Report of the Indian Hemp Drugs Commission, 1894-1895 - Volume V
Year: 1894
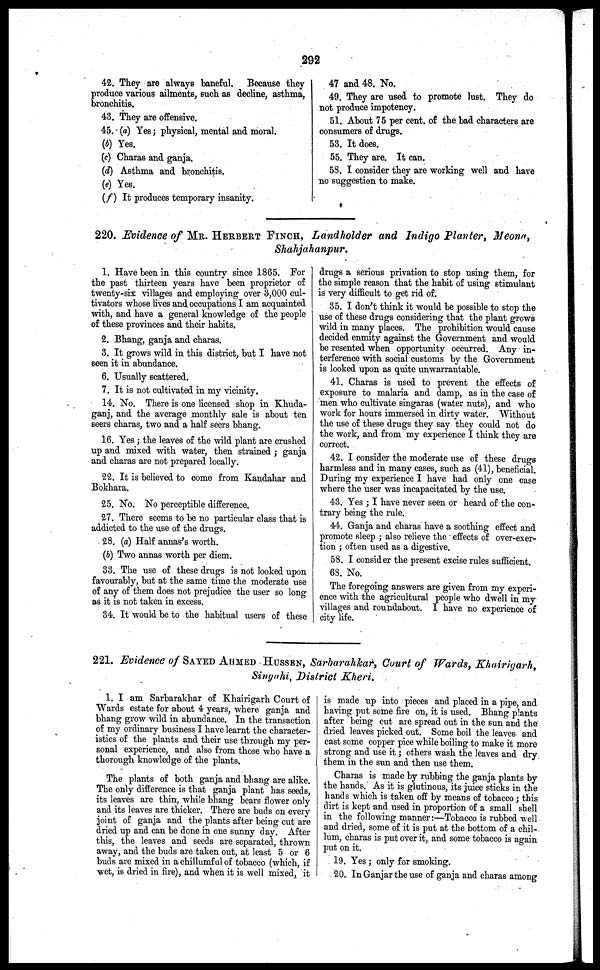
292
42. They are always baneful. Because they
produce various ailments, such as decline, asthma,
bronchitis.
43. They are offensive.
45. (a) Yes; physical, mental and moral.
(b) Yes.
(e) Charas and ganja.
(d) Asthma and bronchitis.
(e) Yes.
(f) It produces temporary insanity.
47 and 48. No.
49. They are used to promote lust. They do
not produce impotency.
51. About 75 per cent. of the bad characters are
consumers of drugs.
53. It does.
55. They are. It can.
58. I consider they are working well and have
no suggestion to make.
220. Evidence of MR. HERBERT FINCH, Landholder and Indigo Planter, Meona,
Shahjahanpur.
1. Have been in this country since 1865. For
the past thirteen years have been proprietor of
twenty-six villages and employing over 3,000 cul-
tivators whose lives and occupations I am acquainted
with, and have a general knowledge of the people
of these provinces and their habits.
2. Bhang, ganja and charas.
3. It grows wild in this district, but I have not
seen it in abundance.
6. Usually scattered.
7. It is not cultivated in my vicinity,
14. No. There is one licensed shop in Khuda-
ganj, and the average monthly sale is about ten
seers charas, two and a half seers bhang.
16. Yes; the leaves of the wild plant are crushed
up and mixed with water, then strained ; ganja
and charas are not prepared locally.
22. It is believed to come from Kandahar and
Bokhara.
25. No. No perceptible difference.
27. There seems to be no particular class that is
addicted to the use of the drugs.
28. (a) Half annas's worth.
(b) Two annas worth per diem.
33. The use of these drugs is not looked upon
favourably, but at the same time the moderate use
of any of them does not prejudice the user so long
as it is not taken in excess.
34. It would be to the habitual users of these
drugs a serious privation to stop using them, for
the simple reason that the habit of using stimulant
is very difficult to get rid of.
35. I don't think it would be possible to stop the
use of these drugs considering that the plant grows
wild in many places. The prohibition would cause
decided enmity against the Government and would
be resented when opportunity occurred. Any in-
terference with social customs by the Government
is looked upon as quite unwarrantable.
41. Charas is used to prevent the effects of
exposure to malaria and damp, as in the case of
men who cultivate singaras (water nuts), and who
work for hours immersed in dirty water. Without
the use of these drugs they say they could not do
the work, and from my experience I think they are
correct.
42. I consider the moderate use of these drugs
harmless and in many cases, such as (41), beneficial.
During my experience I have had only one case
where the user was incapacitated by the use.
43. Yes ; I have never seen or heard of the con-
trary being the rule.
44. Ganja and charas have a soothing effect and
promote sleep ; also relieve the effects of over-exer-
tion ; often used as a digestive.
58. I consider the present excise rules sufficient.
68. No.
The foregoing answers are given from my experi-
ence with the agricultural people who dwell in my
villages and roundabout. I have no experience of
city life.
221. Evidence of SAYED AHMED HUSSEN, Sarbarahkar, Court of Wards, Khairigarh,
Singahi, District Kheri
1. I am Sarbarakhar of Khairigarh Court of
Wards estate for about 4 years, where ganja and
bhang grow wild in abundance. In the transaction
of my ordinary business I have learnt the character-
istics of the plants and their use through my per-
sonal experience, and also from those who have a
thorough knowledge of the plants.
The plants of both ganja and bhang are alike.
The only difference is that ganja plant has seeds,
its leaves are thin, while bhang bears flower only
and its leaves are thicker. There are buds on every
joint of ganja and the plants after being cut are
dried up and can be done in one sunny day. After
this, the leaves and seeds are separated, thrown
away, and the buds are taken out, at least 5 or 6
buds are mixed in a chillumful of tobacco (which, if
wet, is dried in fire), and when it is well mixed, it
is made up into pieces and placed in a pipe, and
having put some fire on, it is used. Bhang plants
after being cut are spread out in the sun and the
dried leaves picked out. Some boil the leaves and
cast some copper pice while boiling to make it more
strong and use it; others wash the leaves and dry
them in the sun and then use them.
Charas is made by rubbing the ganja plants by
the hands.' As it is glutinous, its juice sticks in the
hands which is taken off by means of tobacco; this
dirt is kept and used in proportion of a small shell
in the following manner:—Tobacco is rubbed well
and dried, some of it is put at the bottom of a chil-
lum, charas is put over it, and some tobacco is again
put on it.
19. Yes; only for smoking.
20. In Ganjar the use of ganja and charas among